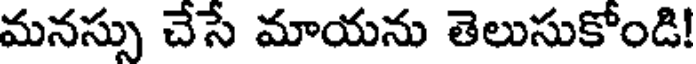
మనస్సు చేసే మాయను తెలుసుకోండి!